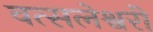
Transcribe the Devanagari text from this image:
वत्सलेश्वरी